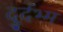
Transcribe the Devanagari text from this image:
दुर्दभ्म